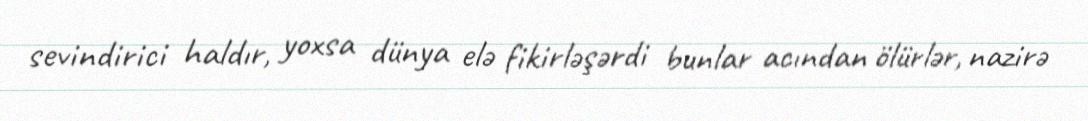
sevindirici haldır, yoxsa dünya elə fikirləşərdi bunlar acından ölürlər, nazirə